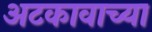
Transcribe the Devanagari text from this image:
अटकावाच्या